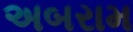
અબરામ